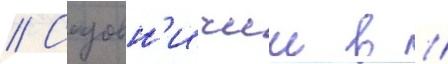
// Садовн'ичии в //